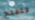
تتفتح